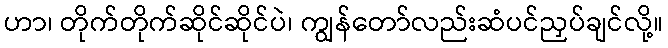
ဟာ၊ တိုက်တိုက်ဆိုင်ဆိုင်ပဲ၊ ကျွန်တော်လည်းဆံပင်ညှပ်ချင်လို့။